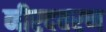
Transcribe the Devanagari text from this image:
नीरदवरण